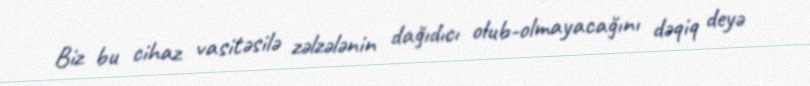
Biz bu cihaz vasitəsilə zəlzələnin dağıdıcı olub-olmayacağını dəqiq deyə